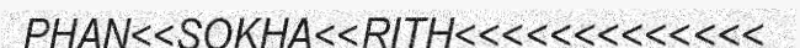
PHAN<<SOKHA<<RITH<<<<<<<<<<<<<